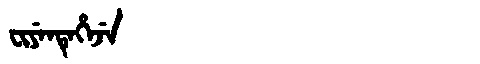
Manchu: ᠸᡳᠶᡝᠨᡨᡝᡥᡝᠵᡝ
Romanization: FIYENTEHEJE